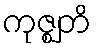
ကုဇ္ဈတိ